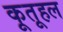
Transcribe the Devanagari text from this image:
कूतूहल